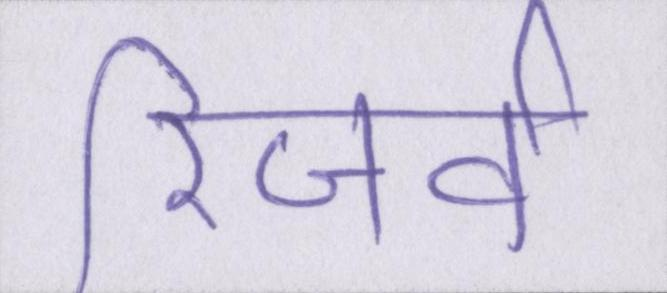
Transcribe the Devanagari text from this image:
रिजर्व